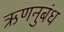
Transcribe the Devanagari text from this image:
ऋणनुबंध